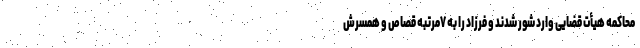
محاکمه هیأت قضایی وارد شور شدند و فرزاد را به ۷مرتبه قصاص و همسرش